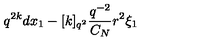
q ^ { 2 k } d x _ { 1 } - [ k ] _ { q ^ { 2 } } \frac { q ^ { - 2 } } { C _ { N } } r ^ { 2 } \xi _ { 1 }